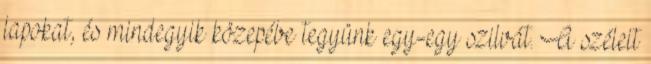
lapokat, és mindegyik közepébe tegyünk egy-egy szilvát. A széleit